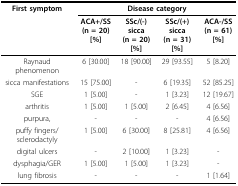
<table><thead><tr><td><b>First symptom</b></td><td colspan="4"><b>Disease category</b></td></tr><tr><td></td><td><b>ACA+/SS(n = 20) [%]</b></td><td><b>SSc/(-) sicca(n = 20) [%]</b></td><td><b>SSc/(+) sicca(n = 31) [%]</b></td><td><b>ACA-/SS(n = 61) [%]</b></td></tr></thead><tbody><tr><td>Raynaud phenomenon</td><td>6 [30.00]</td><td>18 [90.00]</td><td>29 [93.55]</td><td>5 [8.20]</td></tr><tr><td>sicca manifestations</td><td>15 [75.00]</td><td>-</td><td>6 [19.35]</td><td>52 [85.25]</td></tr><tr><td>SGE</td><td>1 [5.00]</td><td>-</td><td>1 [3.23]</td><td>12 [19.67]</td></tr><tr><td>arthritis</td><td>1 [5.00]</td><td>1 [5.00]</td><td>2 [6.45]</td><td>4 [6.56]</td></tr><tr><td>purpura,</td><td>-</td><td>-</td><td>-</td><td>4 [6.56]</td></tr><tr><td>puffy fingers/sclerodactyly</td><td>1 [5.00]</td><td>6 [30.00]</td><td>8 [25.81]</td><td>4 [6.56]</td></tr><tr><td>digital ulcers</td><td>-</td><td>2 [10.00]</td><td>1 [3.23]</td><td>-</td></tr><tr><td>dysphagia/GER</td><td>1 [5.00]</td><td>1 [5.00]</td><td>1 [3.23]</td><td>-</td></tr><tr><td>lung fibrosis</td><td>-</td><td>-</td><td>-</td><td>1 [1.64]</td></tr></tbody></table>